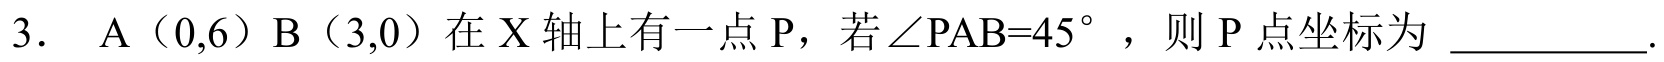
3. \(A(0,6)\) \(B(3,0)\) 在 \(X\) 轴上有一点 \(P\)，若\(\angle PAB = 45^{\circ}\) ，则 \(P\) 点坐标为 \_\_\_\_\_\_ .